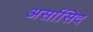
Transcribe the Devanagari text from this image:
अर्सासिद